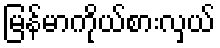
မြန်မာကိုယ်စားလှယ်